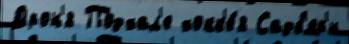
Дрон'я Подхал'е хокк'е́я Садб'ер'и